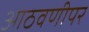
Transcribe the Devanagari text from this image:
आठवणीपर